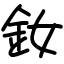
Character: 釹